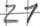
Text: 21